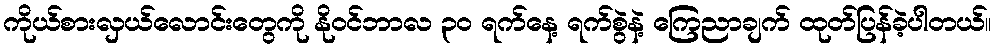
ကိုယ်စားလှယ်လောင်းတွေကို နိုဝင်ဘာလ ၃၀ ရက်နေ့ ရက်စွဲနဲ့ ကြေညာချက် ထုတ်ပြန်ခဲ့ပါတယ်။